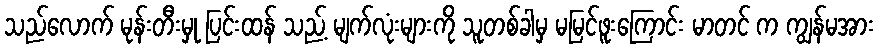
သည်လောက် မုန်းတီးမှု ပြင်းထန် သည့် မျက်လုံးများကို သူတစ်ခါမှ မမြင်ဖူးကြောင်း မာတင် က ကျွန်မအား